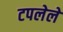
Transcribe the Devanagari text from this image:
टपलेले